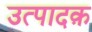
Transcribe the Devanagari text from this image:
उत्पादक़